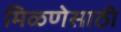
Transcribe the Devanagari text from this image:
मिळणेसाठी